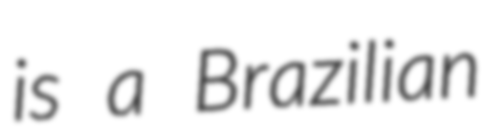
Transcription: is a Brazilian